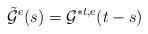
LaTeX: \begin{align*}\tilde{\mathcal{G}}^e(s)=\mathcal{G}^{*t,e}(t-s)\end{align*}